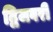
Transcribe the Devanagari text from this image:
द्विजवरी